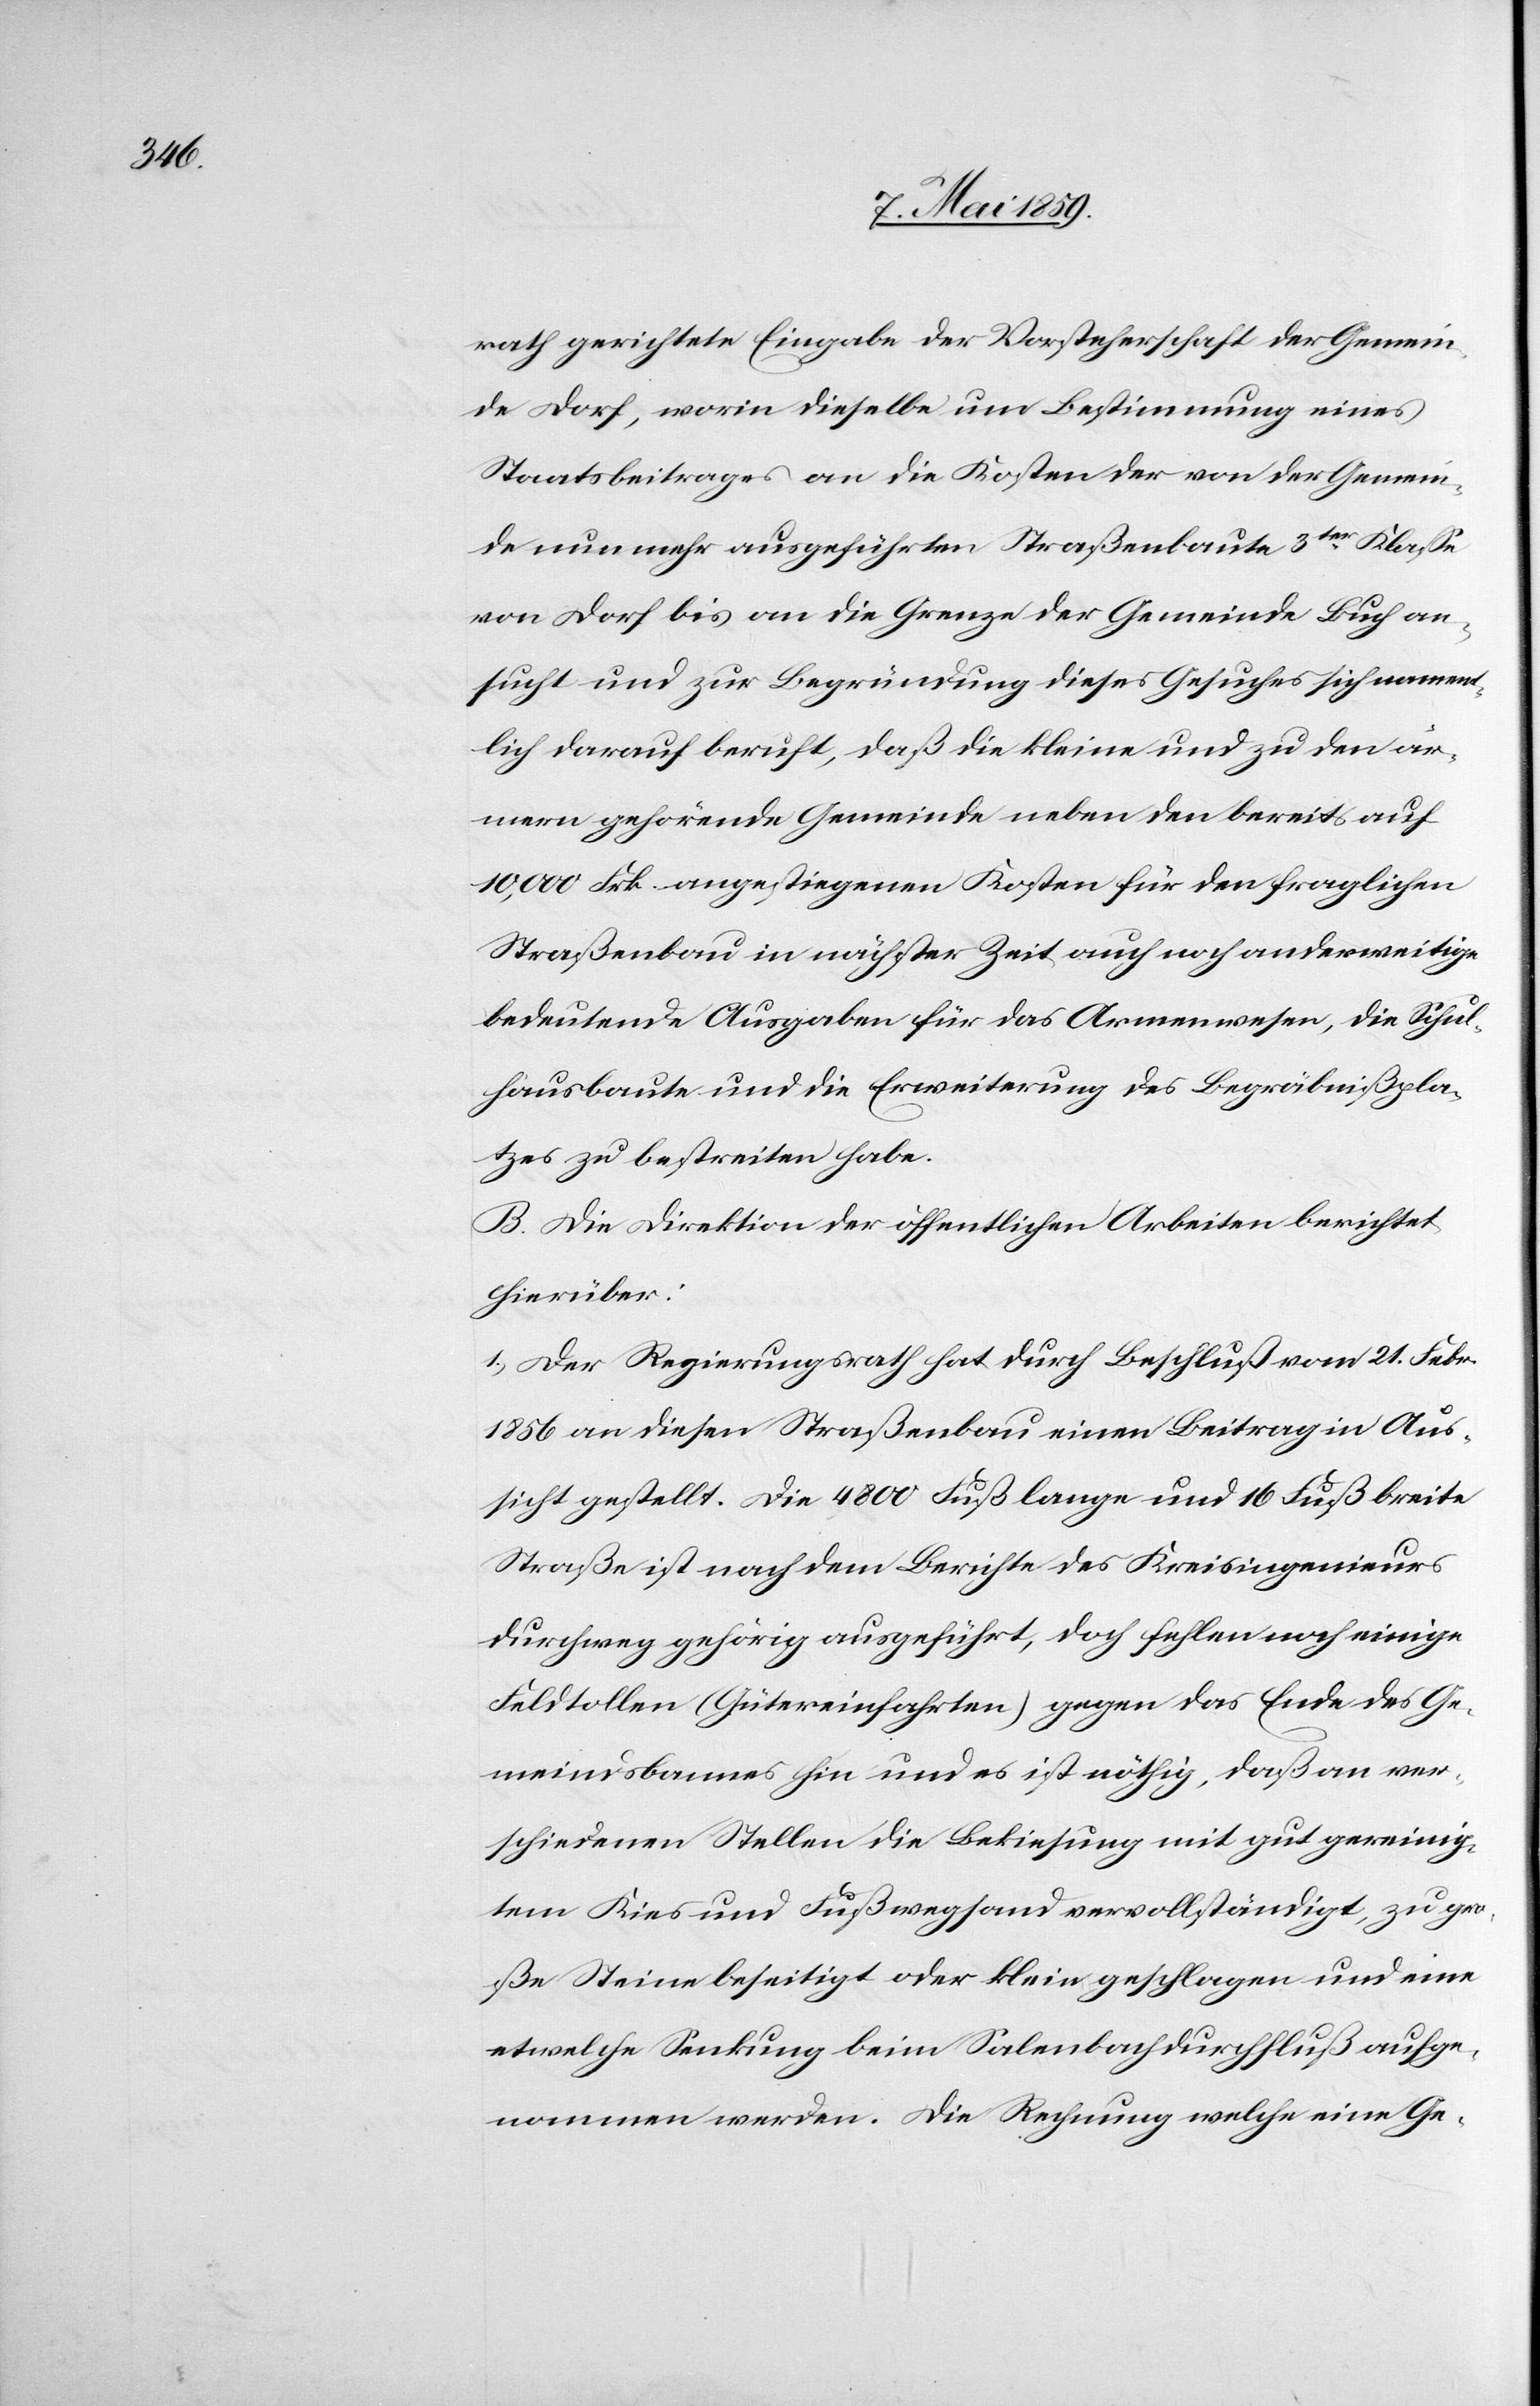
rath gerichtete Eingabe der Vorsteherschaft der Gemein¬
de Dorf, worin dieselbe um Bestimmung eines
Staatsbeitrages an die Kosten der von der Gemein¬
de nun mehr ausgeführten Straßenbaute 3ter Klaße
von Dorf bis an die Grenze der Gemeinde Buch an¬
sucht und zur Begründung dieses Gesuches sich namen¬
tlich darauf beruft, daß die kleine und zu den är¬
mern gehörende Gemeinde neben den bereits auf
10,000 Frk. angestiegenen Kosten für den fraglichen
Straßenbau in nächster Zeit auch noch anderweitige
bedeutende Ausgaben für das Armenwesen, die Schul¬
hausbaute und die Erweiterung des Begräbnißpla¬
tzes zu bestreiten habe.
B. Die Direktion der öffentlichen Arbeiten berichtet
hierüber:
1) Der Regierungsrath hat durch Beschluß vom 21. Febr.
1856 an diesen Straßenbau einen Beitrag in Aus¬
sicht gestellt. Die 4800 Fuß lange und 16 Fuß breite
Straße ist nach dem Berichte des Kreisingenieurs
durchweg gehörig ausgeführt, doch fehlen noch einige
Feldtollen (Gütereinfahrten) gegen das Ende des Ge¬
meindsbannes hin und es ist nöthig, daß an ver¬
schiedenen Stellen die Bekiesung mit gut gereinig¬
tem Kies und Fußwegsand vervollständigt, zu gr¬
oße Steine beseitigt oder klein geschlagen und eine
etwelche Senkung beim Salenbachdurchfluß aufge¬
nommen werden. Die Rechnung welche eine Ge-